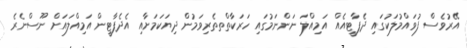
އޭރުވެސް ފުވައްމުލަކުގައި ދެޕާޓީއެއް އަމިއްލަ ނަންނަމުގައި ހަރަކާތްތތެރިވަމުން ދިޔަކަމަށާއި އެދެޕާޓީން އަމިއްލައަށް ނޫސްނެރެ